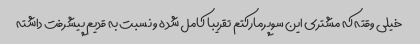
خیلی وقته که مشتری این سوپرمارکتم تقریبا کامل شده و نسبت به قدیم پیشرفت داشته